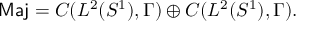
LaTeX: \mathrm { \sf ~ M a j } = { \cal C } ( L ^ { 2 } ( S ^ { 1 } ) , \Gamma ) \oplus { \cal C } ( L ^ { 2 } ( S ^ { 1 } ) , \Gamma ) .